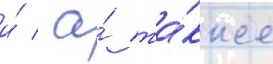
и́ / а́ та́кже